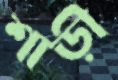
শাড়ী